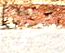
لتبقي